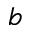
b